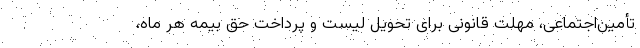
تأمین‌اجتماعی، مهلت قانونی برای تحویل لیست و پرداخت حق بیمه هر ماه،